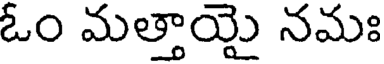
ఓం మత్తాయై నమః